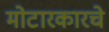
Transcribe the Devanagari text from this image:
मोटारकारचे